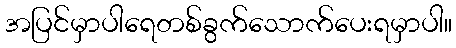
အပြင်မှာပါရေတစ်ခွက်သောက်ပေးရမှာပါ။